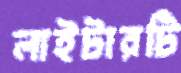
লাইটারটি